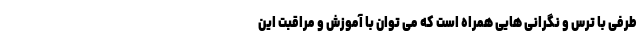
طرفی با ترس و نگرانی هایی همراه است که می توان با آموزش و مراقبت این